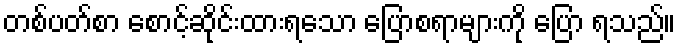
တစ်ပတ်စာ စောင့်ဆိုင်းထားရသော ပြောစရာများကို ပြော ရသည်။